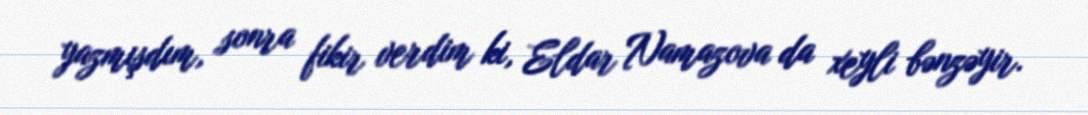
yazmışdım, sonra fikir verdim ki, Eldar Namazova da xeyli bənzəyir.